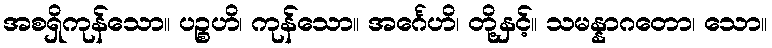
အစရှိကုန်သော။ ပဉ္စဟိ၊ ကုန်သော။ အင်္ဂေဟိ၊ တို့နှင့်။ သမန္နာဂတော၊ သော။